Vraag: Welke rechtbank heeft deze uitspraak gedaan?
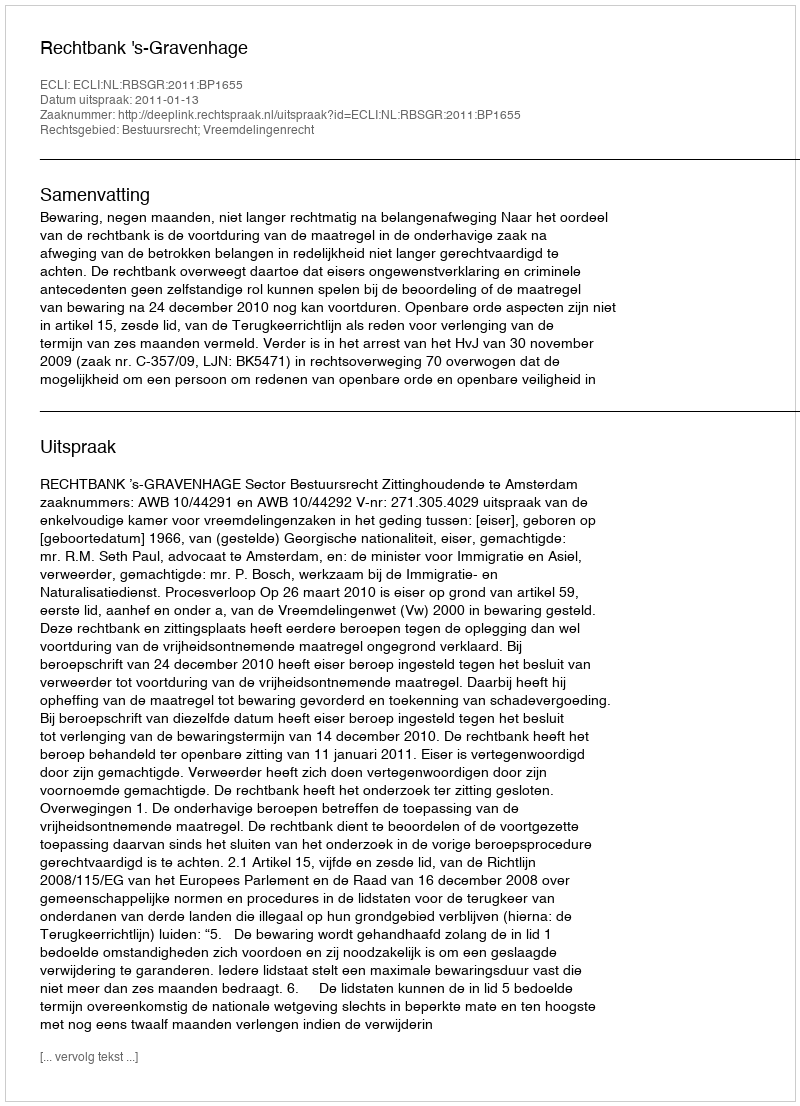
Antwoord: Rechtbank 's-Gravenhage